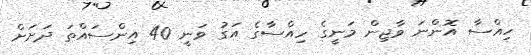
ހިއްސާ އޮންނަ ވާޖިން މަނީގެ ހިއްސާގެ އަގު ވަނީ 40 އިންސައްތަ ދަށަށް